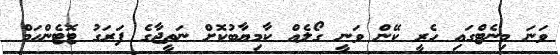
ވަނަ މިނެޓްގައި ހެރީ ކޭން ވަނީ ގޯލެއް ކާމިޔާބުކޮށް ނަތީޖާގެ ފަރަގު ޓޮޓެންހަމް